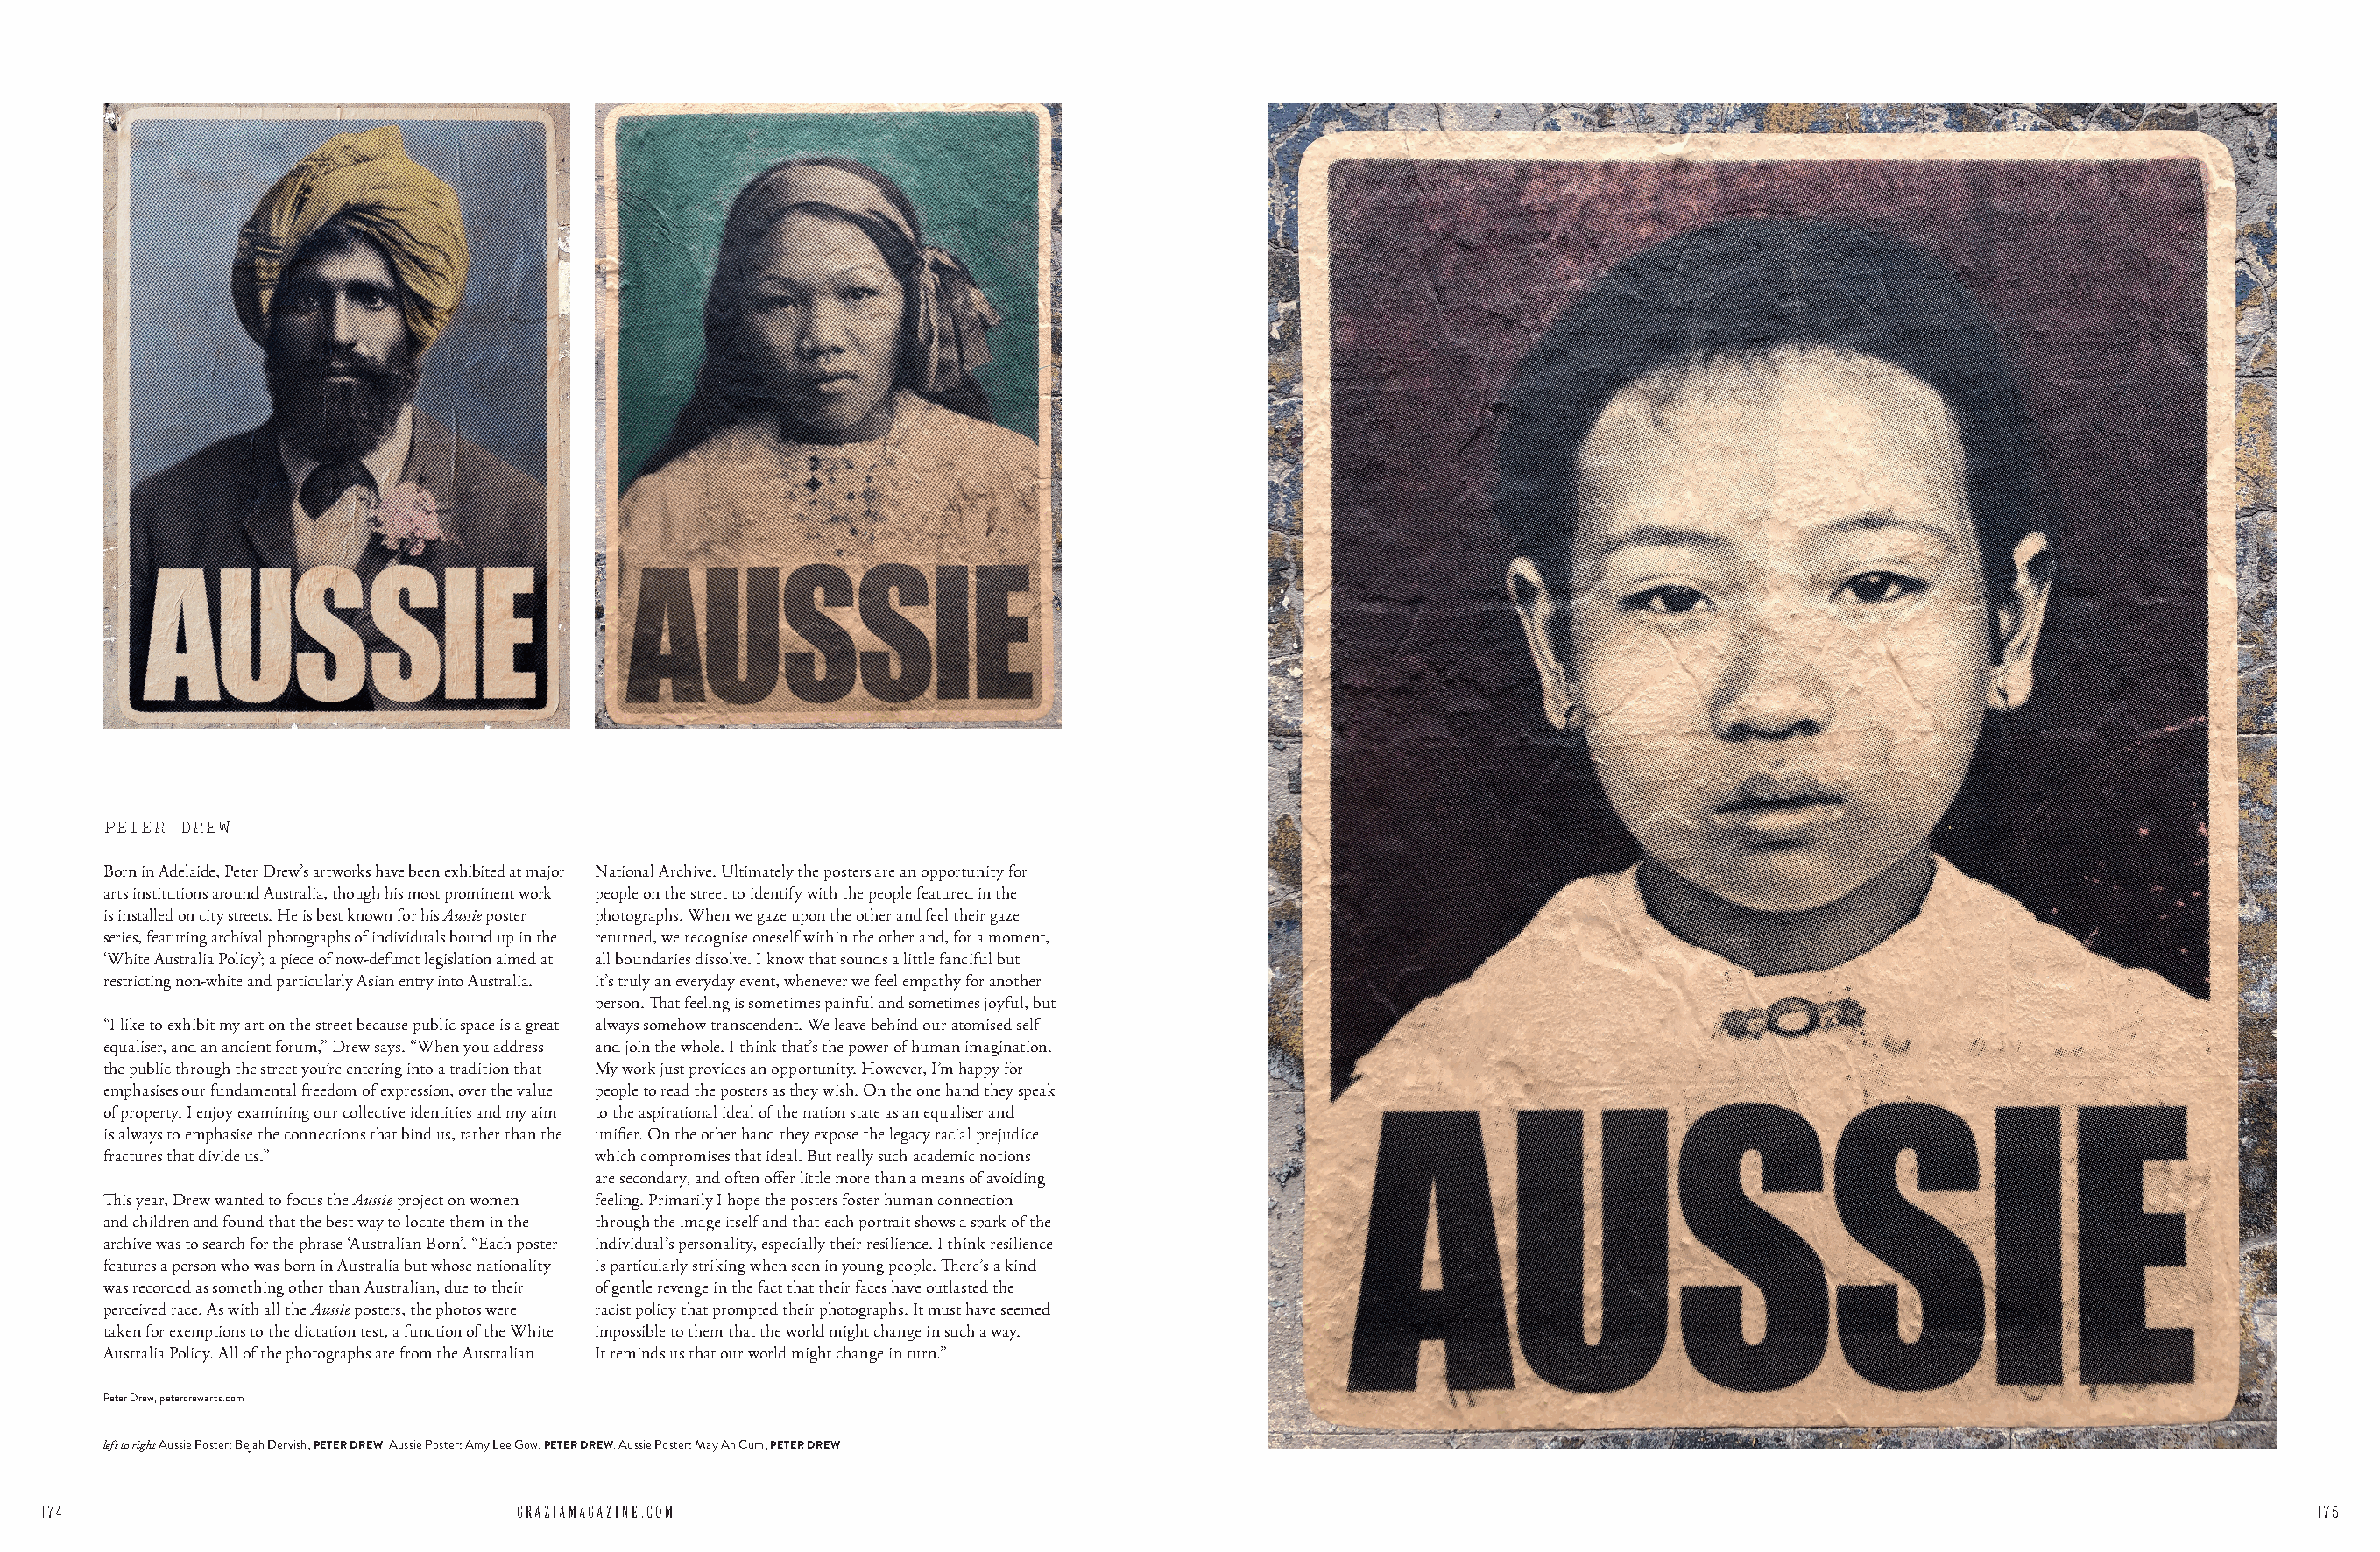
PETER DREW
 Born in Adelaide, Peter Drew’s artworks have been exhibited at major National Archive. Ultimately the posters are an opportunity for
 arts institutions around Australia, though his most prominent work people on the street to identify with the people featured in the
 is installed on city streets. He is best known for his Aussie poster photographs. When we gaze upon the other and feel their gaze
 series, featuring archival photographs of individuals bound up in the returned, we recognise oneself within the other and, for a moment,
 ‘White Australia Policy’; a piece of now-defunct legislation aimed at all boundaries dissolve. I know that sounds a little fanciful but
 restricting non-white and particularly Asian entry into Australia. it’s truly an everyday event, whenever we feel empathy for another
 person. That feeling is sometimes painful and sometimes joyful, but
 “I like to exhibit my art on the street because public space is a great always somehow transcendent. We leave behind our atomised self
 equaliser, and an ancient forum,” Drew says. “When you address and join the whole. I think that’s the power of human imagination.
 the public through the street you’re entering into a tradition that My work just provides an opportunity. However, I’m happy for
 emphasises our fundamental freedom of expression, over the value people to read the posters as they wish. On the one hand they speak
 of property. I enjoy examining our collective identities and my aim to the aspirational ideal of the nation state as an equaliser and
 is always to emphasise the connections that bind us, rather than the unifier. On the other hand they expose the legacy racial prejudice
 fractures that divide us.”           which compromises that ideal. But really such academic notions
 are secondary, and often offer little more than a means of avoiding
 This year, Drew wanted to focus the Aussie project on women feeling. Primarily I hope the posters foster human connection
 and children and found that the best way to locate them in the through the image itself and that each portrait shows a spark of the
 archive was to search for the phrase ‘Australian Born’. “Each poster individual’s personality, especially their resilience. I think resilience
 features a person who was born in Australia but whose nationality is particularly striking when seen in young people. There’s a kind
 was recorded as something other than Australian, due to their of gentle revenge in the fact that their faces have outlasted the
 perceived race. As with all the Aussie posters, the photos were racist policy that prompted their photographs. It must have seemed
 taken for exemptions to the dictation test, a function of the White impossible to them that the world might change in such a way.
 Australia Policy. All of the photographs are from the Australian It reminds us that our world might change in turn.”
 Peter Drew, peterdrewarts.com
 left to right Aussie Poster: Bejah Dervish, PETER DREW. Aussie Poster: Amy Lee Gow, PETER DREW. Aussie Poster: May Ah Cum, PETER DREW
 174                                 GRAZIAMAGAZINE.COM                                                                                                                      175